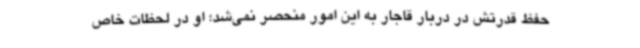
حفظ قدرتش در دربار قاجار به این امور منحصر نمی‌شد؛ او در لحظات خاص